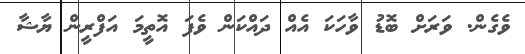
ވެގެން. ވަރަށް ބޮޑު ވާހަކަ އެއް ދައްކަން ވެފަ އޮތީމަ އަފްރީން ޔާޝާ